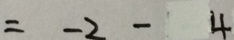
= - 2 - 4